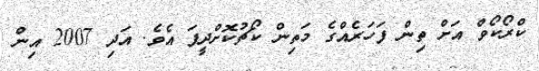
ކްރޯކޯވް އަށް ތިން ފަހަރެއްގެ މަތިން ކޯޗުކޮށްދީފަ އެވެ. އަދި 2007 އިން